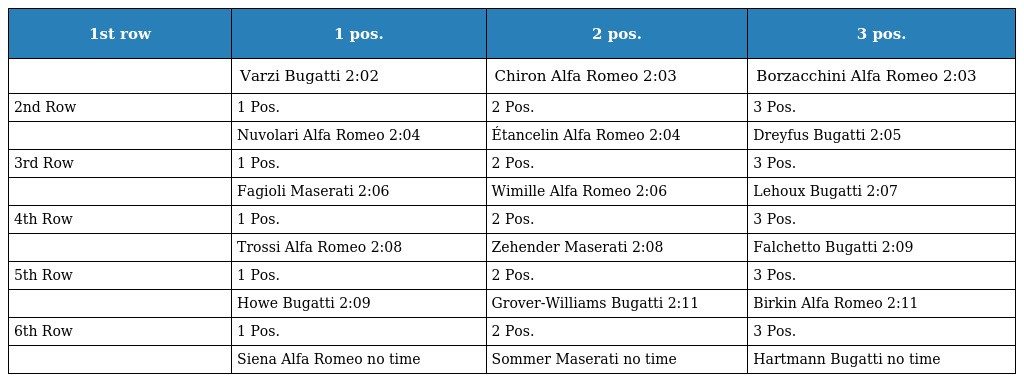
| 1st row | 1 pos. | 2 pos. | 3 pos. |
 | --- | --- | --- | --- |
 |  | Varzi Bugatti 2:02 | Chiron Alfa Romeo 2:03 | Borzacchini Alfa Romeo 2:03 |
 | 2nd Row | 1 Pos. | 2 Pos. | 3 Pos. |
 |  | Nuvolari Alfa Romeo 2:04 | Étancelin Alfa Romeo 2:04 | Dreyfus Bugatti 2:05 |
 | 3rd Row | 1 Pos. | 2 Pos. | 3 Pos. |
 |  | Fagioli Maserati 2:06 | Wimille Alfa Romeo 2:06 | Lehoux Bugatti 2:07 |
 | 4th Row | 1 Pos. | 2 Pos. | 3 Pos. |
 |  | Trossi Alfa Romeo 2:08 | Zehender Maserati 2:08 | Falchetto Bugatti 2:09 |
 | 5th Row | 1 Pos. | 2 Pos. | 3 Pos. |
 |  | Howe Bugatti 2:09 | Grover-Williams Bugatti 2:11 | Birkin Alfa Romeo 2:11 |
 | 6th Row | 1 Pos. | 2 Pos. | 3 Pos. |
 |  | Siena Alfa Romeo no time | Sommer Maserati no time | Hartmann Bugatti no time |